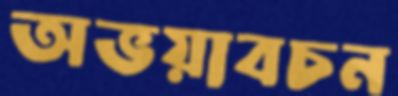
অভয়াবচন